Indian journal of veterinary science and animal husbandry - Volume 4,
Year: 1934
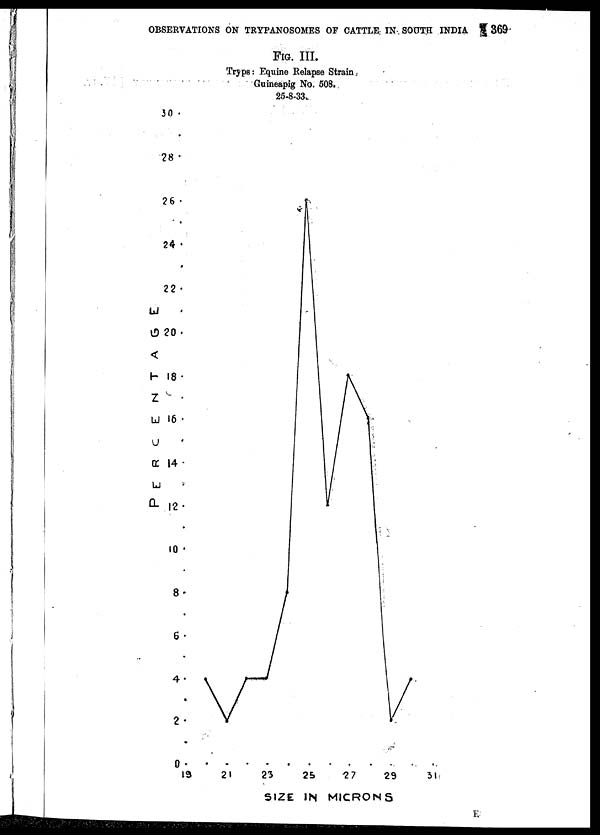
OBSERVATIONS ON TRYPANOSOMES OF CATTLE IN SOUTH INDIA
369
FIG. III.
Tryps: Equine Relapse Strain
Guineapig No. 508.
25-8-33.